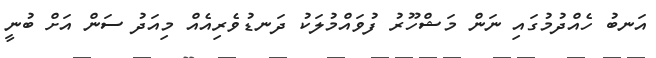
އަނބު ހެއްދުމުގައި ނަން މަޝްހޫރު ފުވައްމުލަކު ދަނޑުވެރިއެއް މިއަދު ސަން އަށް ބުނީ